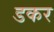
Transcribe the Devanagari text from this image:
डकर